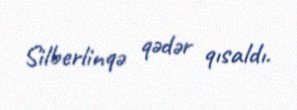
Silberlinqə qədər qısaldı.